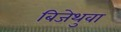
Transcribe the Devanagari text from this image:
बिजेथुवा